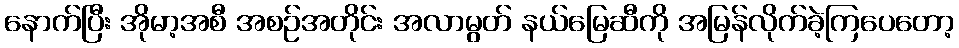
နောက်ပြီး အိုမာ့အစီ အစဉ်အတိုင်း အလာမွတ် နယ်မြေဆီကို အမြန်လိုက်ခဲ့ကြပေတော့